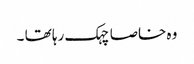
وہ خاصا چہک رہا تھا ۔